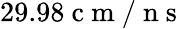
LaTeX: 29.98\mathrm{~c~m~/~n~s~}